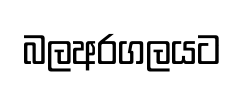
බලඅරගලයට